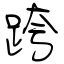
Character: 跨